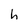
Character: h